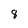
Character: 8